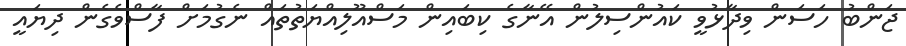
ޖަންބު ހަސަން ވިދާޅުވީ ކައުންސިލުން އޭނާގެ ކިބައިން މަސްއޫލިއްޔަތުތައް ނެގުމަށް ފާސްވެގެން ދިޔައީ